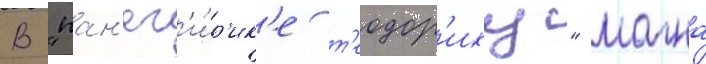
В "пан'ег'и́р'ик'е т'еодор'иху" магна